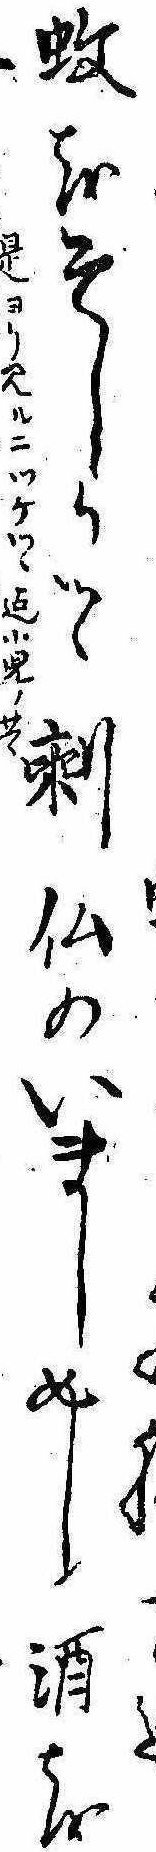
蚊をそしりつゝ剰仏のいましめし酒を